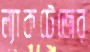
ল্যাকটেজের